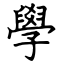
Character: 學